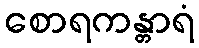
စောရကန္တာရံ